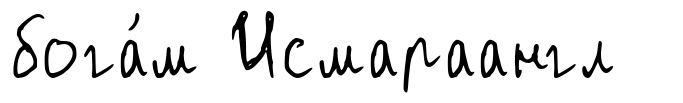
бога́м Исмараангл